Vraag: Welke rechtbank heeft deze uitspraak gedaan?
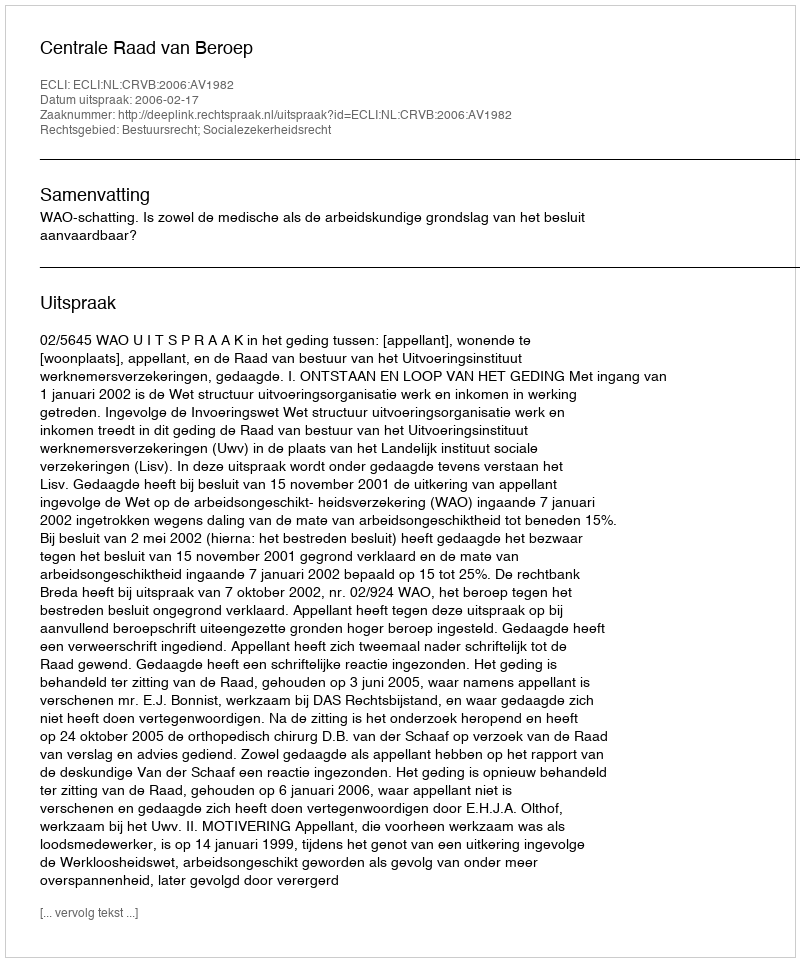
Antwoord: Centrale Raad van Beroep